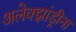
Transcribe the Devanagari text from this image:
अलेक्झांड्रीना